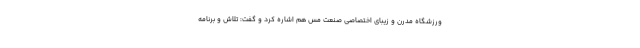
ورزشگاه مدرن و زیبای اختصاصی صنعت مس هم اشاره کرد و گفت: تلاش و برنامه